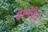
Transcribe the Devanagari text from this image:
डेस्पेरेट